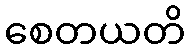
စေတယတိ